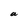
Character: a